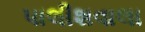
પાલીશવાલા